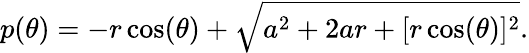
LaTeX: p(\theta)=-r\cos(\theta)+\sqrt{a^{2}+2ar+[r\cos(\theta)]^{2}}.